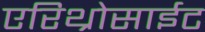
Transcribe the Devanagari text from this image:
एरिथ्रोसाईट